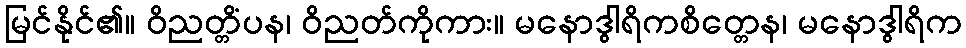
မြင်နိုင်၏။ ဝိညတ္တိံပန၊ ဝိညတ်ကိုကား။ မနောဒွါရိကစိတ္တေန၊ မနောဒွါရိက